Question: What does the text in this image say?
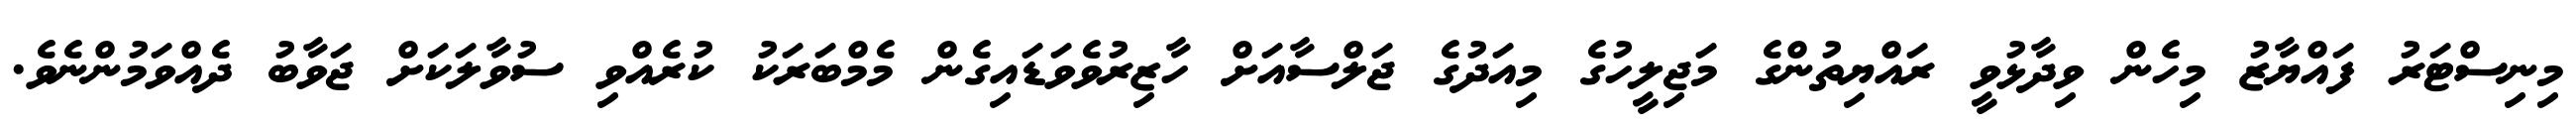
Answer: މިނިސްޓަރު ފައްޔާޒު މިހެން ވިދާޅުވީ ރައްޔިތުންގެ މަޖިލީހުގެ މިއަދުގެ ޖަލްސާއަށް ހާޒިރުވެވަޑައިގެން މެމްބަރަކު ކުރެއްވި ސުވާލަކަށް ޖަވާބު ދެއްވަމުންނެވެ.